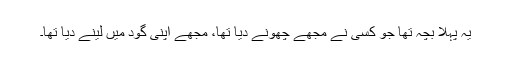
یہ پہلا بچہ تھا جو کسی نے مجھے چھونے دیا تھا، مجھے اپنی گود میں لینے دیا تھا۔